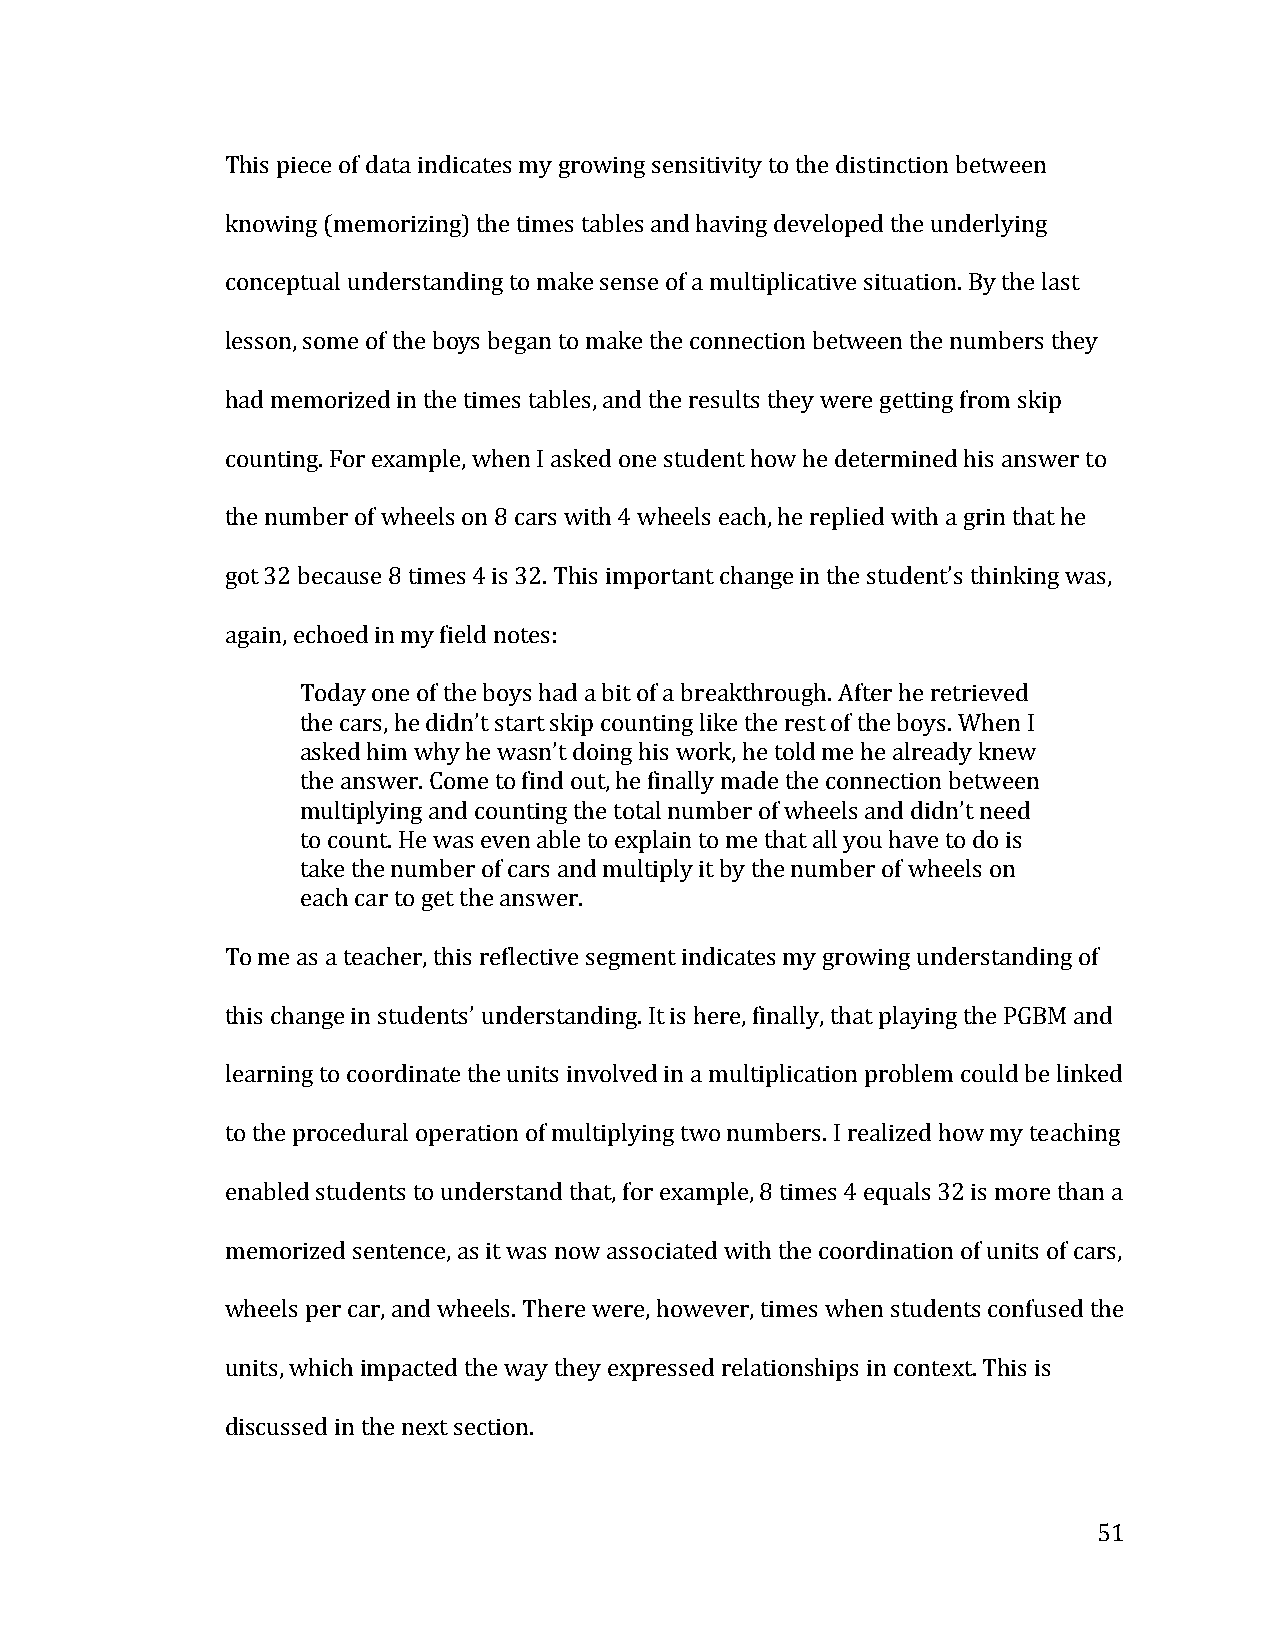
This piece of data indicates my growing sensitivity to the distinction between
 knowing (memorizing) the times tables and having developed the underlying
 conceptual understanding to make sense of a multiplicative situation. By the last
 lesson, some of the boys began to make the connection between the numbers they
 had memorized in the times tables, and the results they were getting from skip
 counting. For example, when I asked one student how he determined his answer to
 the number of wheels on 8 cars with 4 wheels each, he replied with a grin that he
 got 32 because 8 times 4 is 32. This important change in the student’s thinking was,
 again, echoed in my field notes:
 Today one of the boys had a bit of a breakthrough. After he retrieved
 the cars, he didn’t start skip counting like the rest of the boys. When I
 asked him why he wasn’t doing his work, he told me he already knew
 the answer. Come to find out, he finally made the connection between
 multiplying and counting the total number of wheels and didn’t need
 to count. He was even able to explain to me that all you have to do is
 take the number of cars and multiply it by the number of wheels on
 each car to get the answer.
 To me as a teacher, this reflective segment indicates my growing understanding of
 this change in students’ understanding. It is here, finally, that playing the PGBM and
 learning to coordinate the units involved in a multiplication problem could be linked
 to the procedural operation of multiplying two numbers. I realized how my teaching
 enabled students to understand that, for example, 8 times 4 equals 32 is more than a
 memorized sentence, as it was now associated with the coordination of units of cars,
 wheels per car, and wheels. There were, however, times when students confused the
 units, which impacted the way they expressed relationships in context. This is
 discussed in the next section.
 51